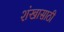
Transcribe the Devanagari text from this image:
शंखासाठी